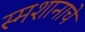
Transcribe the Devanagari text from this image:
स्मशानाचे